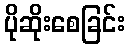
ပိုဆိုးစေခြင်း